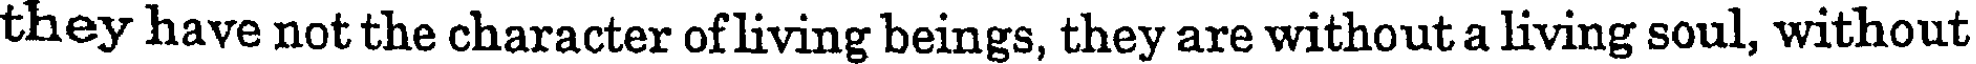
they have not the character ofliving beings, they are without a living soul, without